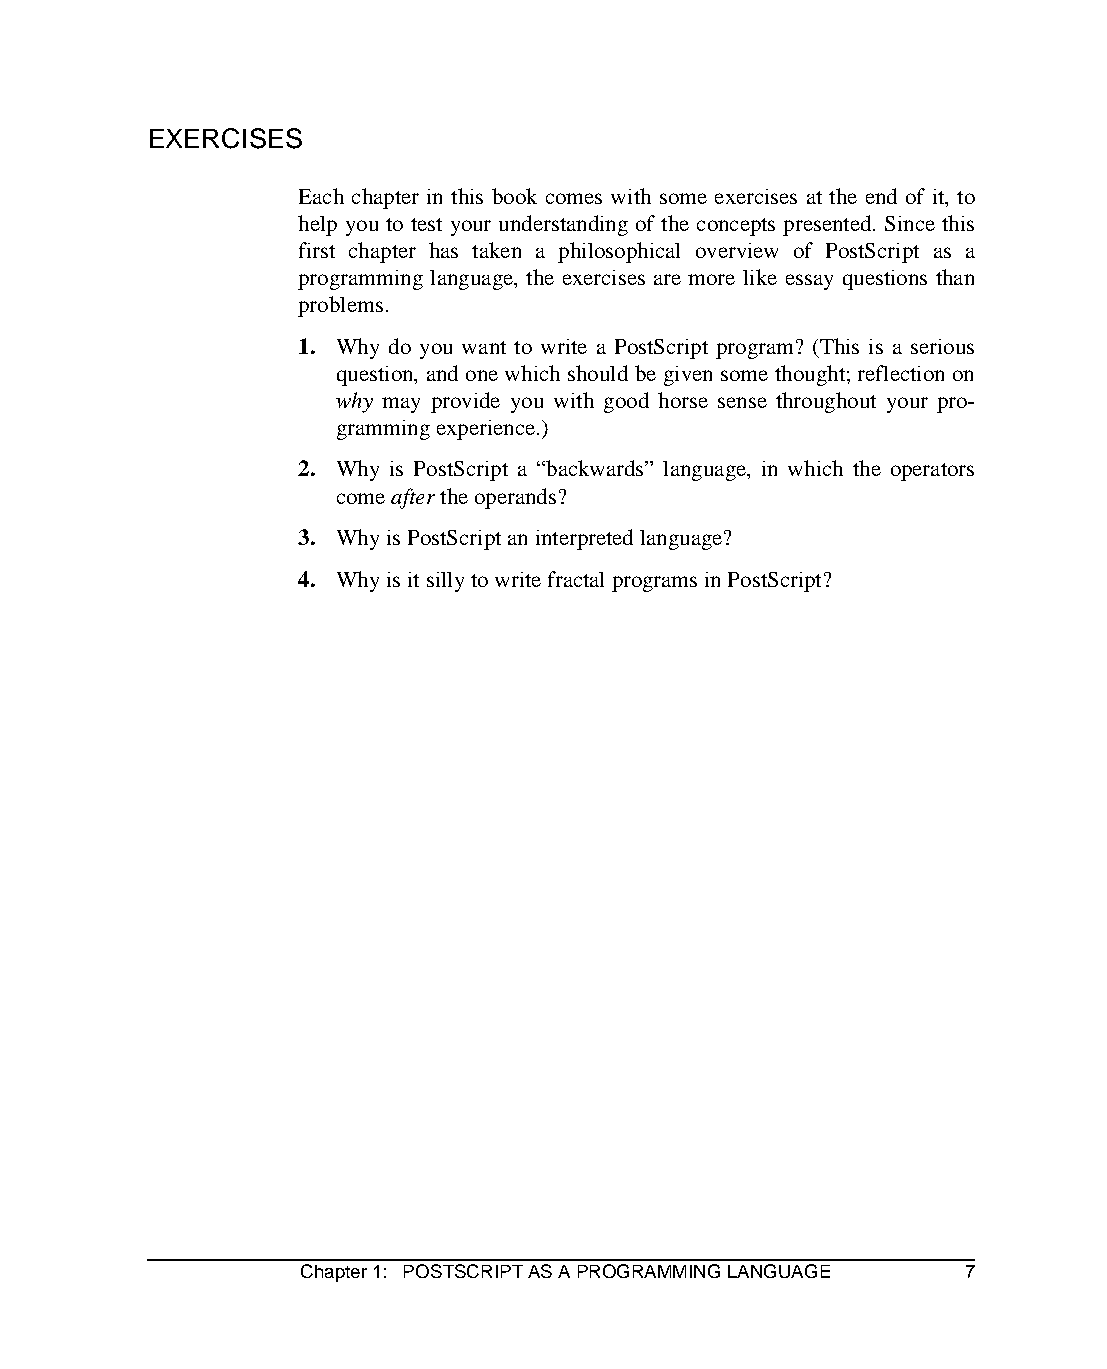
EXERCISES
 Each chapter in this book comes with some exercises at the end of it, to
 help you to test your understanding of the concepts presented. Since this
 first chapter has taken a philosophical overview of PostScript as a
 programming language, the exercises are more like essay questions than
 problems.
 1. Why do you want to write a PostScript program? (This is a serious
 question, and one which should be given some thought; reflection on
 why may provide you with good horse sense throughout your pro-
 gramming experience.)
 2. Why is PostScript a “backwards” language, in which the operators
 come after the operands?
 3. Why is PostScript an interpreted language?
 4. Why is it silly to write fractal programs in PostScript?
 Chapter 1: POSTSCRIPT AS A PROGRAMMING LANGUAGE 7